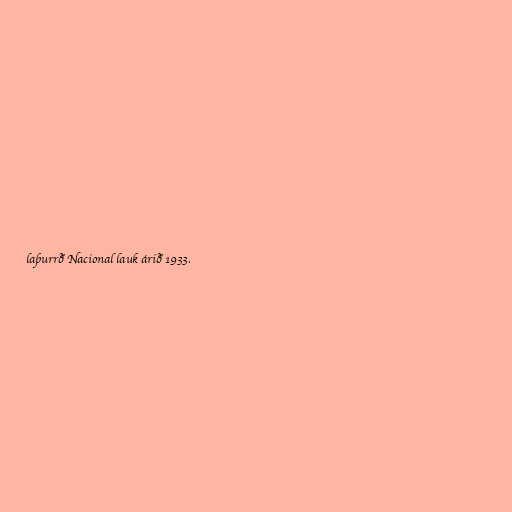
laþurrð Nacional lauk árið 1933.